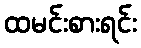
ထမင်းစားရင်း